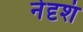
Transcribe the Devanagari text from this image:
नेदृशं